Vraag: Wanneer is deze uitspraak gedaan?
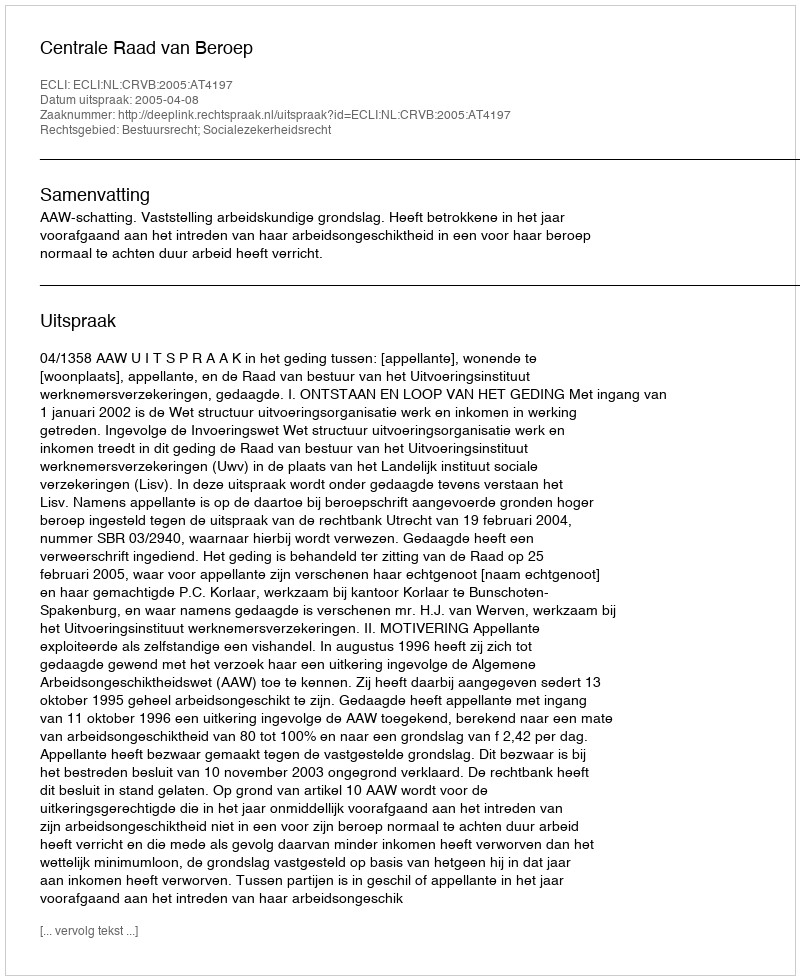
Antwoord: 2005-04-08